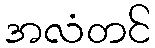
အလံတင်